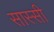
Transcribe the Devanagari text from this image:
सास्सी